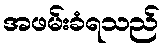
အဖမ်းခံရသည်